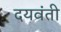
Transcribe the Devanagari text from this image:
दयवंती